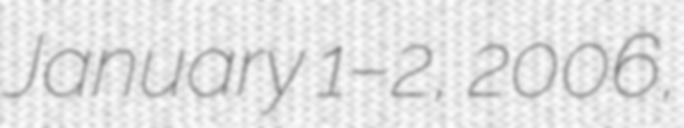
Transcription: January 1–2, 2006,